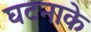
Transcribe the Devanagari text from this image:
घटनाके